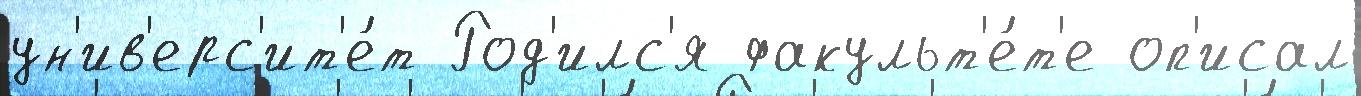
ун'ив'ерс'ит'е́т Род'илс'я факульт'е́т'е оп'исал